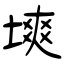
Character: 塽